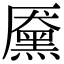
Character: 黡